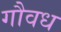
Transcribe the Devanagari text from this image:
गौवध